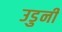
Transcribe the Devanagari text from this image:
उडुनी